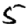
Digit: 5